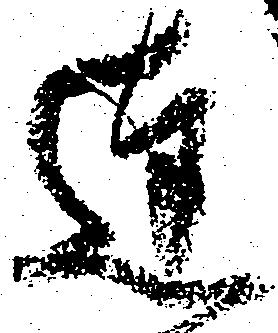
達